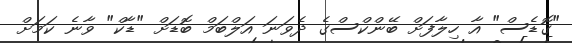
"ގޮޑެސް" އާ ހިލާފަށް ބޭންކްސްގެ ދެވަނަ އަލްބަމް ބޮޑަށް "ޑާކް" ވާނެ ކަމަށް